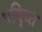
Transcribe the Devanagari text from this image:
पद्ध्ति